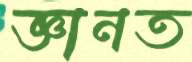
জ্ঞানত